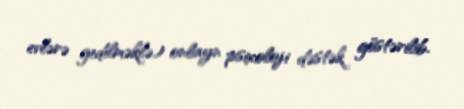
evlərə gedilməklə) onlayn psixoloji dəstək göstərilib.